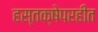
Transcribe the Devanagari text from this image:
हस्तक्षेपरहीत